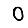
Digit: 0